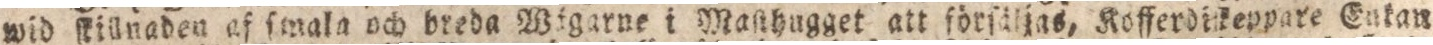
wid ſtillnaden af ſmala och breda Wigarne i Maſthugget att förſäljas, Kofferdikeppare Enkan